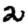
Digit: 2